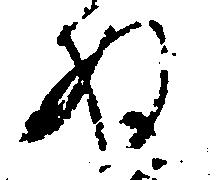
ぬ